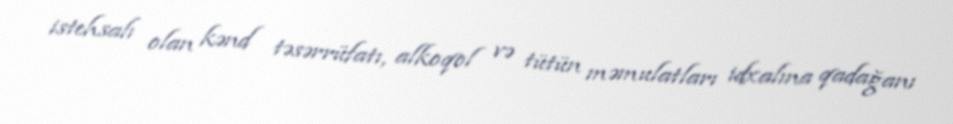
istehsalı olan kənd təsərrüfatı, alkoqol və tütün məmulatları idxalına qadağanı